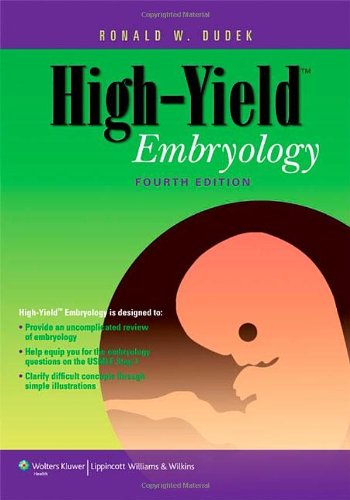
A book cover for High-Yield(TM) Embryology (High-Yield  Series); Dr. Ronald W. Dudek PhD; Medical Books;